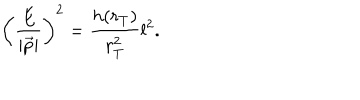
\left( \frac { E } { | \vec { p } | } \right) ^ { 2 } = \frac { h ( r _ { T } ) } { r _ { T } ^ { 2 } } l ^ { 2 } .